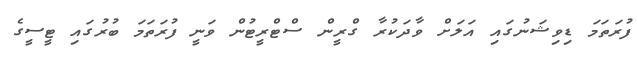
ފުރަތަމަ ޑިވިޝަނުގައި އަލަށް ވާދަކުރާ ގްރީން ސްޓްރީޓުން ވަނީ ފުރަތަމަ ބުރުގައި ޓީސީގެ